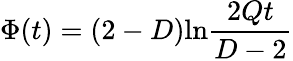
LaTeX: \Phi(t)=(2-D)\mathrm{ln}\frac{2Qt}{D-2}